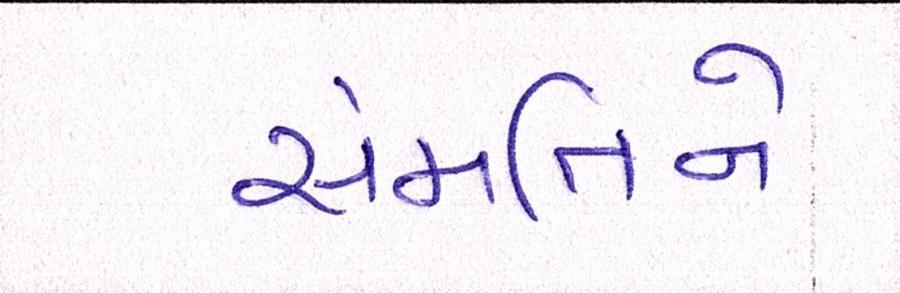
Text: સંમતિને